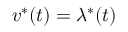
v ^ { * } ( t ) = \lambda ^ { * } ( t )